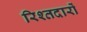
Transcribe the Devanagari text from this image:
रिश्तदारों